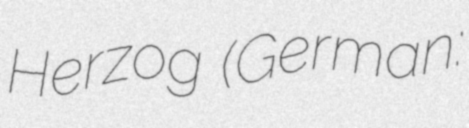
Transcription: Herzog (German: